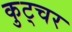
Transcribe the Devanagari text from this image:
कुट्चर